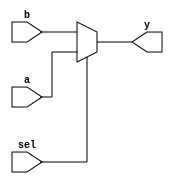
module conditional_assignment (
    input wire [3:0] a,        // 4-bit input signal a
    input wire [3:0] b,        // 4-bit input signal b
    input wire sel,            // 1-bit select signal
    output wire [3:0] y        // 4-bit output signal y
);

// Continuous assignment using the ternary operator
assign y = (sel) ? a : b;      // If sel is true, assign a to y, else assign b to y

endmodule